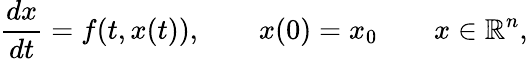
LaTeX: \frac{dx}{dt}=f(t,x(t)),\qquad x(0)=x_{0}\qquad x\in\mathbb{R}^{n},